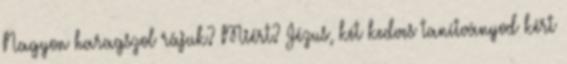
Nagyon haragszol rájuk? Miért? Jézus, két kedves tanítványod kért